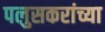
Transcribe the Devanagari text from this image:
पलुसकरांच्या